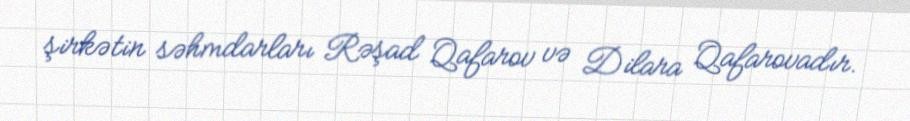
şirkətin səhmdarları Rəşad Qafarov və Dilara Qafarovadır.